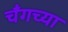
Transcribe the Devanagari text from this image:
चँगच्या